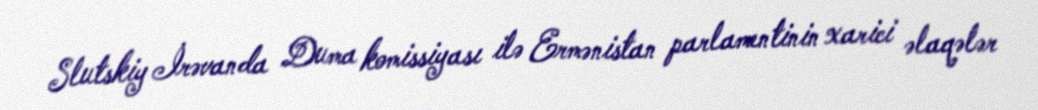
Slutskiy İrəvanda Duma komissiyası ilə Ermənistan parlamentinin xarici əlaqələr